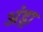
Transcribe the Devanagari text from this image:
अंड्रा